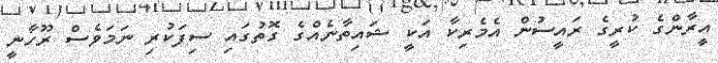
އީރާންގެ ކުރީގެ ރައީސުން އެމެރިކާ އަކީ ޝައިތާނެއްގެ ގޮތުގައި ސިފަކުރި ނަމަވެސް ރޫހާނީ